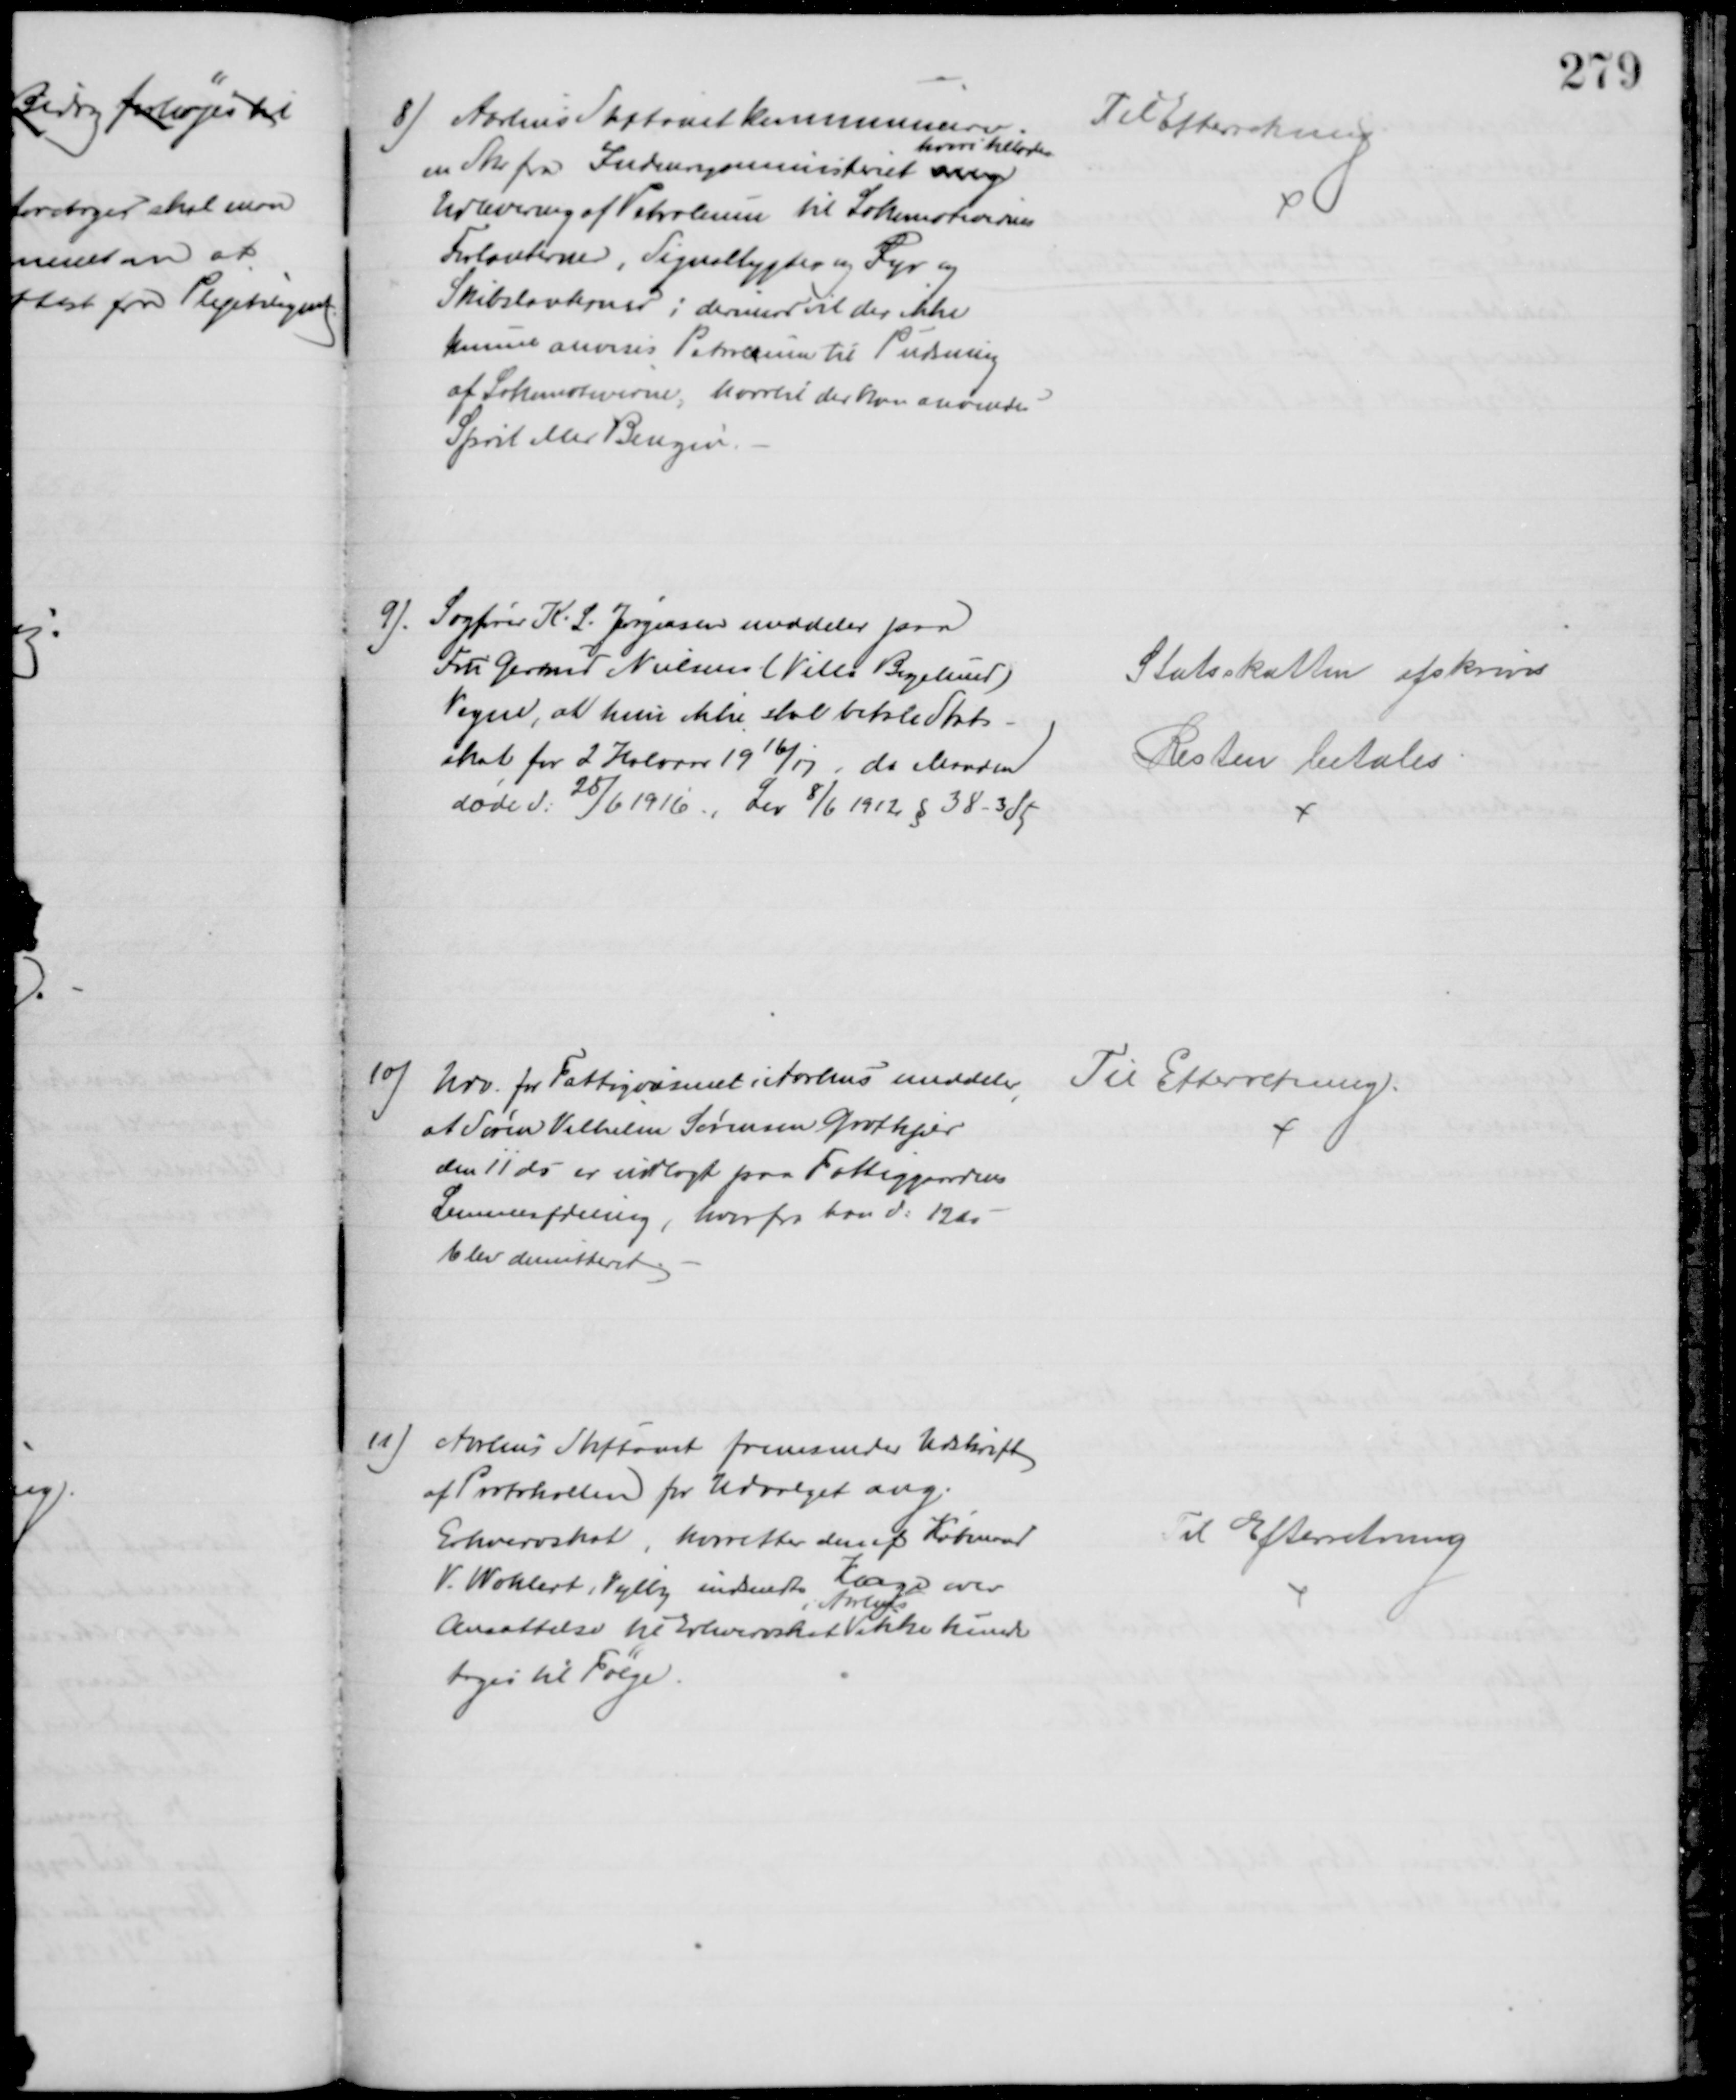
Transskription:
8) Aarhus Stiftamt kommunicerer
en Skr fra Indenrigsministeriet ang
hvori tillades
Udlevering af Petroleum til Lokomotivernes
Forlanterner, Signallygter og Fyr og 
Skibslanterner; derimod vil der ikke
kunne anvises Petroleum til Pudsning
af Lokomotiverne, hvortil der kan anvendes 
Sprit eller Benzin.
Til Efterretning
9). Sagfører K. L. Jørgensen meddeler paa
Fru Gerner Nielsens (Villa Bøgelund)
Vegne, at hun ikke skal betale Stats-
skat for 2 Halvaar 1916/17, da Manden
døde d. 25/6 1916, Lov 8/6 1912 § 38 - 3 St
Statsskatten afskrives
Resten betales
10) Udv. for Fattigvæsenet i Aarhus meddeler,
at Søren Vilhelm Sørensen Grotkjær
den 11 ds er indlagt paa Fattiggaardens
Lemmeafdeling, hvorfra han d: 12 ds
blev dimitteret
Til Efterretning
11) Aarhus Stiftamt fremsender Udskrift
af Protokollen for Udvalget ang. 
Erhvervskat, hvorefter den af Købmand
V. Wohlert, Vejlby indsendte Klage over 
Ansættelse til Erhvervsskat 
i Aarhus
ikke kunde
tages til Følge
Til Efterretning